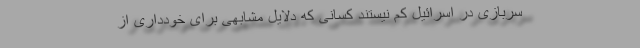
سربازی در اسرائیل کم نیستند کسانی که دلایل مشابهی برای خودداری از